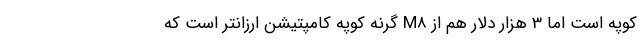
کوپه است اما 3 هزار دلار هم از M8 گرنه کوپه کامپتیشن ارزانتر است که